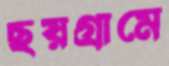
ছয়গ্রামে